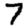
Digit: 7